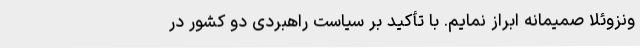
ونزوئلا صمیمانه ابراز نمایم. با تأکید بر سیاست راهبردی دو کشور در